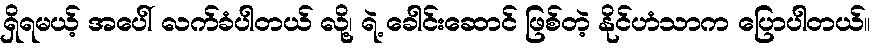
ရှိရမယ့် အပေါ် လက်ခံပါတယ် လို့၊ ရဲ့ ခေါင်းဆောင် ဖြစ်တဲ့ နိုင်ဟံသာက ပြောပါတယ်။